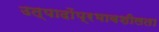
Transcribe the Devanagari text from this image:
उत्पादोंप्रभावशीलता